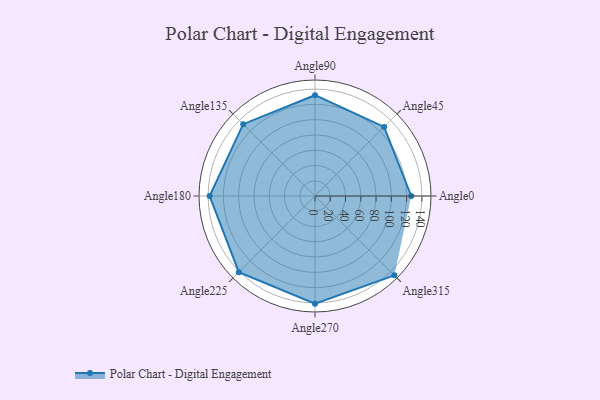
{"axis": {"x": "Angle", "y": "Radius"}, "legend": [""], "data": [{"x": "Angle0", "y": 126.0, "type": ""}, {"x": "Angle45", "y": 128.0, "type": ""}, {"x": "Angle90", "y": 132.0, "type": ""}, {"x": "Angle135", "y": 133.0, "type": ""}, {"x": "Angle180", "y": 138.0, "type": ""}, {"x": "Angle225", "y": 141.0, "type": ""}, {"x": "Angle270", "y": 141.0, "type": ""}, {"x": "Angle315", "y": 147.0, "type": ""}]}